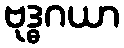
ဗုဒ္ဓဂယာ